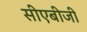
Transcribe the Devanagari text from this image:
सीएबीजी